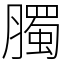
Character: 臅